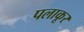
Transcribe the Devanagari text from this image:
पलाकूर